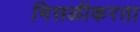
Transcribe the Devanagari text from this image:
मिसळीकरता